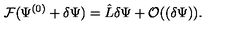
{ \cal F } ( \Psi ^ { ( 0 ) } + \delta \Psi ) = \hat { L } \delta \Psi + { \cal O } ( ( \delta \Psi ) ) .